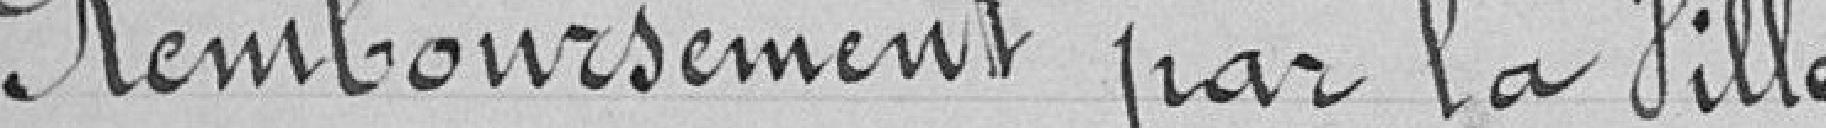
Remboursement par la Ville